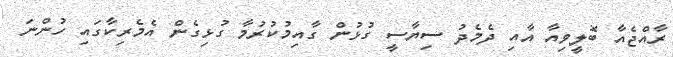
ރާއްޖެއާ ބޮލީވިއާ އާއި ދެމެދު ސިޔާސީ ގުޅުން ގާއިމުކުރުމާ ގުޅިގެން އެމެރިކާގައި ހުންނަ